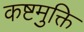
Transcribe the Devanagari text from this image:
कष्टमुक्ति